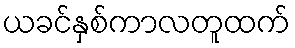
ယခင်နှစ်ကာလတူထက်